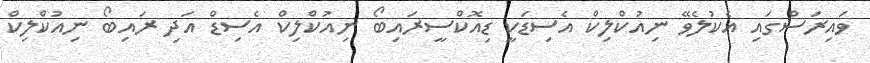
ވައިރަސްގައި އެކުލެވޭ ނިއުކްލިކް އެސިޑަކީ ޑިއޮކްސީރައިބޯ ނިއުކްލިކް އެސިޑް އަދި ރައިބޯ ނިއުކްލިކް